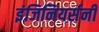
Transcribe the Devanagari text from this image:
इंजिनियर्सनी